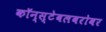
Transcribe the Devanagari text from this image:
कॉन्स्टेबलबरोबर